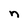
Character: n